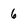
Character: 6